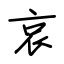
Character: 哀